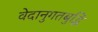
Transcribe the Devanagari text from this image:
वेदानुगतबुद्धि